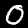
Label: 0